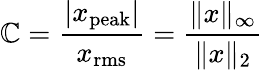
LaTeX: \mathbb{C}={\frac{{|x_{\mathrm{{peak}}}|}}{{x_{\mathrm{{rms}}}}}}={\frac{{\| x\| _{\infty}}}{{\| x\| _{2}}}}